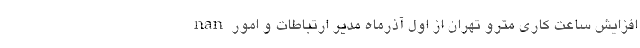
nan افزایش ساعت کاری مترو تهران از اول آذرماه مدیر ارتباطات و امور